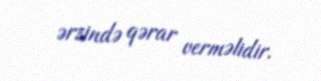
ərzində qərar verməlidir.